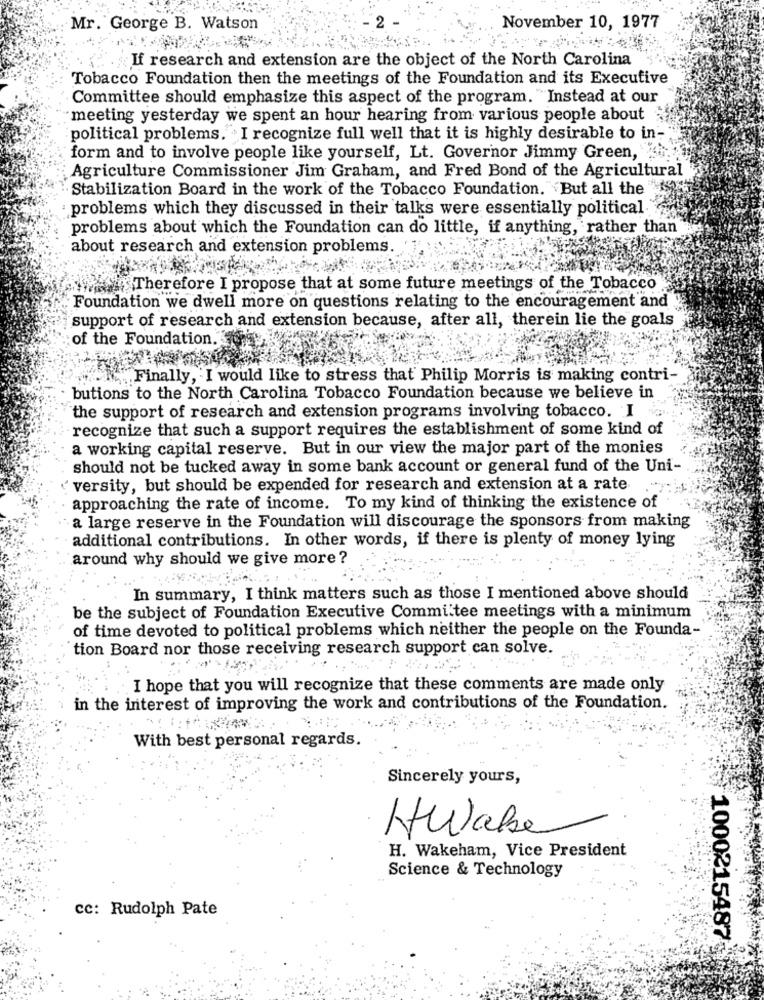
Mr. George B. Watson
November 10, 1977
If research and extension are the object of the North Carolina
Tobacco Foundation then the meetings of the Foundation and its Executive
Committee should emphasize this aspect of the program. "Instead at our
meeting yesterday we spent an hour hearing from various people about
political problems. I recognize full well that it is highly desirable to in-
form and to involve people like yourself, Lt. Governor Jimmy Green,
Agriculture Commissioner Jim Graham, and Fred Bond of the Agricultural
Stabilization Board in the work of the Tobacco Foundation. But all the "
problems which they discussed in their talks were essentially political
problems about which the Foundation can do little, if anything, rather than
about research and extension problems. '1
wasTherefore I propose that at some future meetings of the Tobacco
Foundation we dwell more on questions relating to the encouragement and
support of research and extension because, after all, therein lie the goals
of the Foundation.
Finally, I would like to stress that Philip Morris is making contri-
butions to the North Carolina Tobacco Foundation because we believe in
the support of research and extension programs involving tobacco. I
recognize that such a support requires the establishment of some kind of
a working capital reserve. But in our view the major part of the monies
should not be tucked away in some bank account or general fund of the Uni-
versity, but should be expended for research and extension at a rate
approaching the rate of income. To my kind of thinking the existence of
a large reserve in the Foundation will discourage the sponsors from making
additional contributions. In other words, if there is plenty of money lying
around why should we give more ?
In summary, I think matters such as those I mentioned above should
be the subject of Foundation Executive Committee meetings with a minimum
of time devoted to political problems which neither the people on the Founda-
tion Board nor those receiving research support can solve.
I hope that you will recognize that these comments are made only
in the interest of improving the work and contributions of the Foundation.
With best personal regards.
Sincerely yours,
Hwabe
H. Wakeham, Vice President
Science & Technology
cc: Rudolph Pate
1000215487